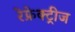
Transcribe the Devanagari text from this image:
रेफ्रेक्ट्रीज